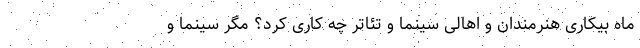
ماه بیکاری هنرمندان و اهالی سینما و تئاتر چه کاری کرد؟ مگر سینما و